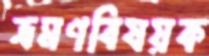
ভ্রমণবিষয়ক